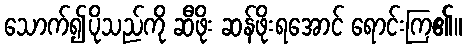
သောက်၍ပိုသည်ကို ဆီဖိုး ဆန်ဖိုးရအောင် ရောင်းကြ၏။